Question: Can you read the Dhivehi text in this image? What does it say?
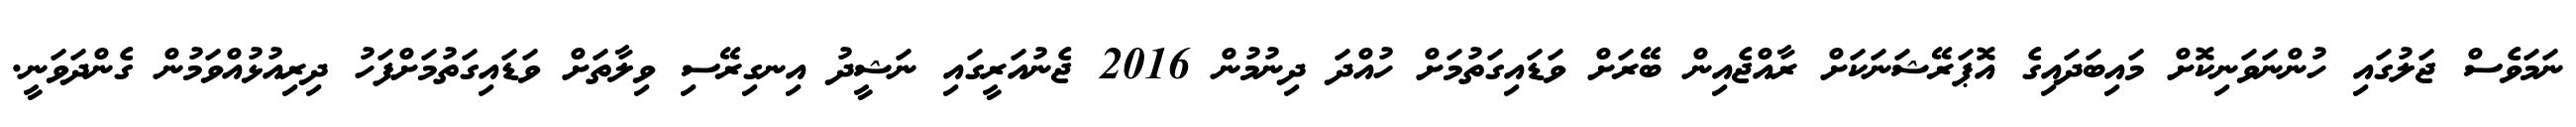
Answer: ނަމަވެސް ޖަލުގައި ހުންނަވަނިކޮށް މައިބަދައިގެ އޮޕަރޭޝަނަކަށް ރާއްޖެއިން ބޭރަށް ވަޑައިގަތުމަށް ހުއްދަ ދިނުމުން 2016 ޖެނުއަރީގައި ނަޝީދު އިނގިރޭސި ވިލާތަށް ވަޑައިގަތުމަށްފަހު ދިރިއުޅުއްވަމުން ގެންދަވަނީ.